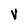
Character: V